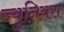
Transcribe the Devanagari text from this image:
ज्युनियस